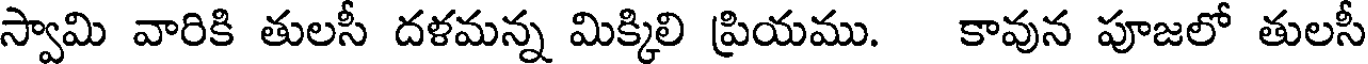
స్వామి వారికి తులసీ దళమన్న మిక్కిలి ప్రియము. కావున పూజలో తులసీ